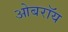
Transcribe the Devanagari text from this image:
ओबराॅय